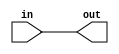
//https://hdlbits.01xz.net/wiki/Exams/m2014_q4h

module top_module (
    input  in,
    output out);

    assign out = in;
endmodule